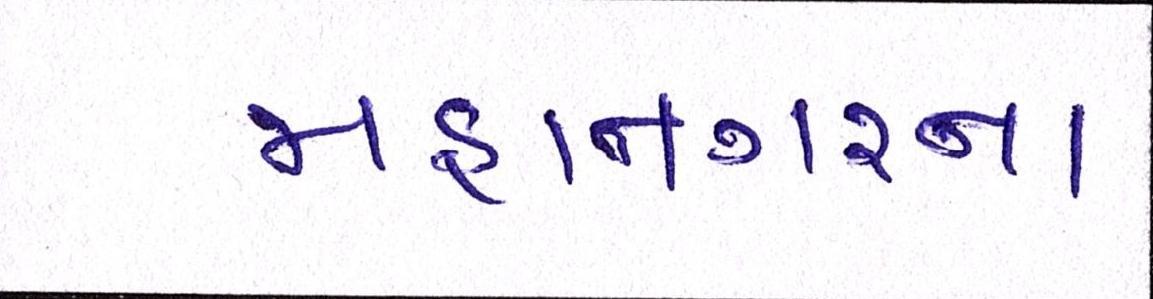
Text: મહાનગરના